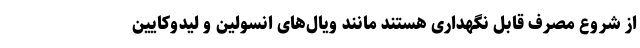
از شروع مصرف قابل نگهداری هستند مانند ویال‌های انسولین و لیدوکایین